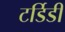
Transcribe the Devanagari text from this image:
टर्डिडी